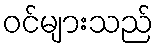
ဝင်များသည်